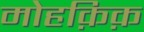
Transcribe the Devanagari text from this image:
मोहक़िक़